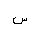
Letter: _sin